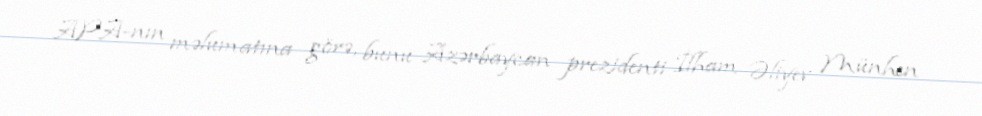
APA-nın məlumatına görə, bunu Azərbaycan prezidenti İlham Əliyev Münhen